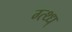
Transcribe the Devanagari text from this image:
ग्त्थ्ध्